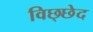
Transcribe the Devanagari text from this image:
विछ्छेद